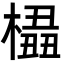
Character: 橻